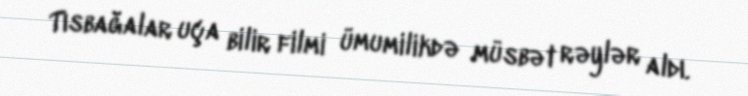
Tısbağalar uça bilir filmi ümumilikdə müsbət rəylər aldı.